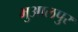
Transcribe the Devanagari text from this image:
भुआलपुर